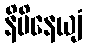
နိမိနေယျံ